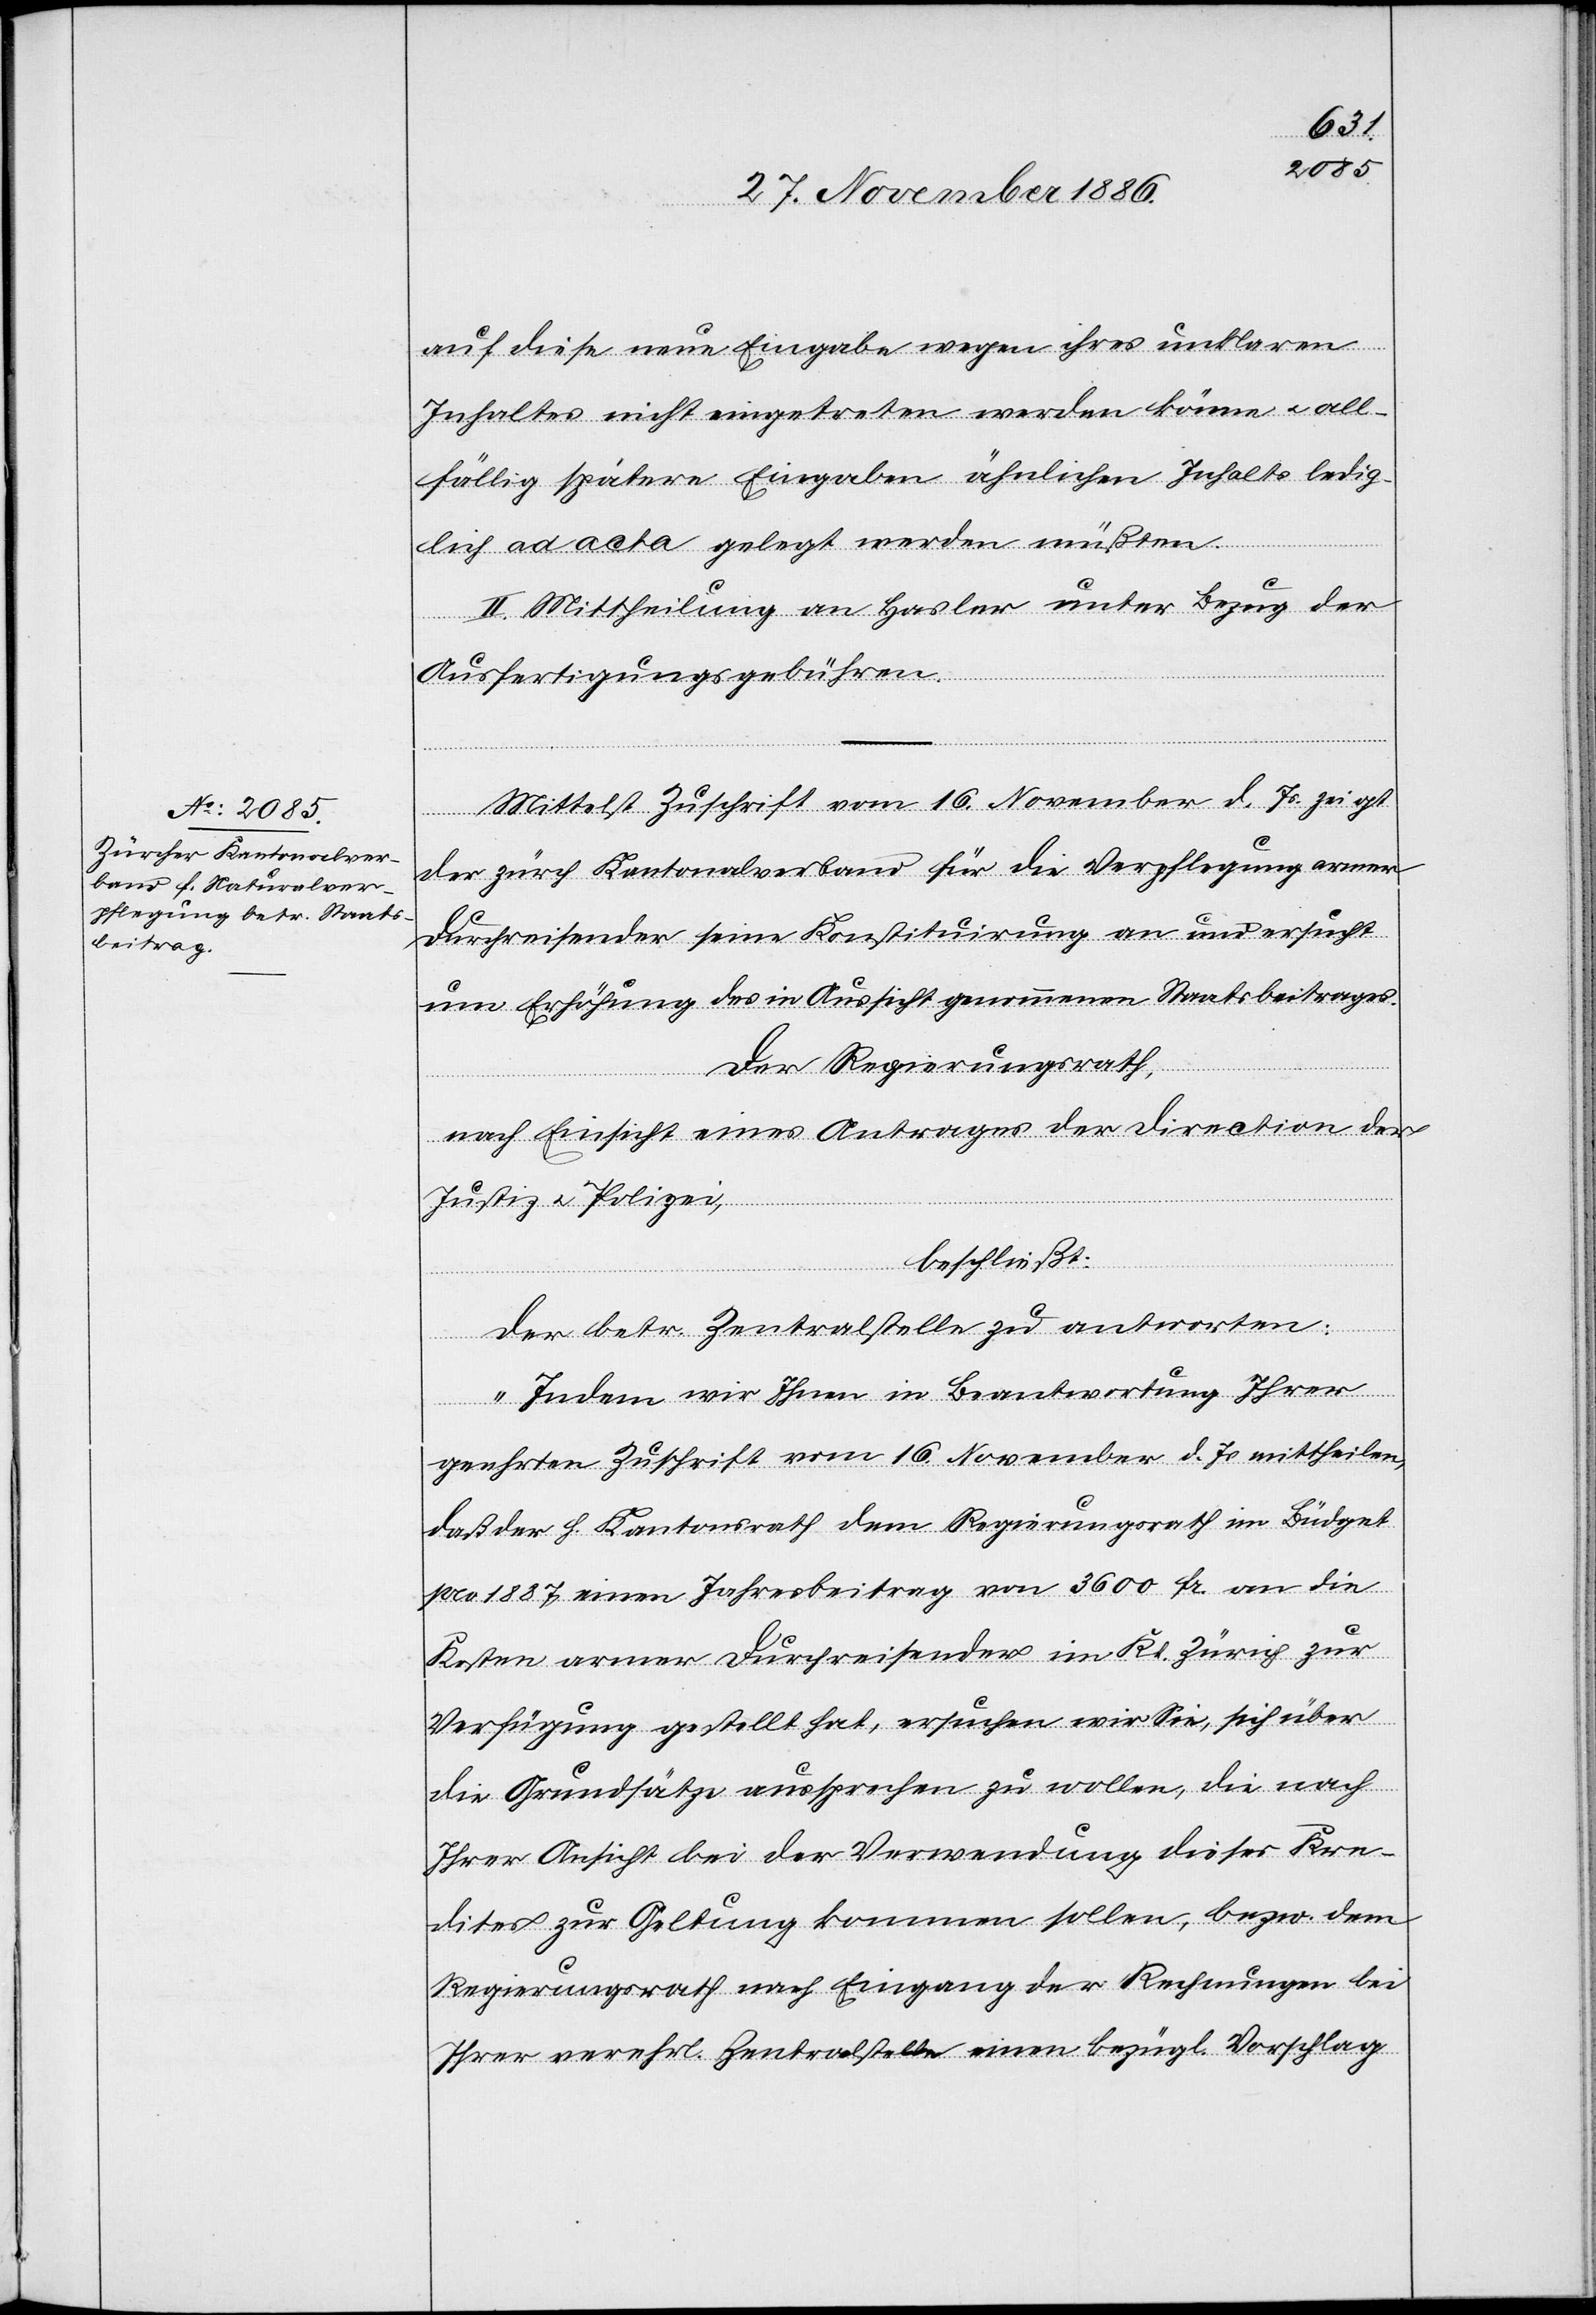
auf diese neue Eingabe wegen ihres unklaren
Inhaltes nicht eingetreten werden könne & all¬
fällig spätere Eingaben ähnlichen Inhalts ledig¬
lich ad acta gelegt werden müßten.
II. Mittheilung an Hasler unter Bezug der
Ausfertigungsgebühren.
Mittelst Zuschrift vom 16. November d. Js. zeigt
der zürch. Kantonalverband für die Verpflegung armer
Durchreisender seine Konstituirung an und ersucht
um Erhöhung des in Aussicht genommenen Staatsbeitrages.
Der Regierungsrath,
nach Einsicht eines Antrages der Direction der
Justiz & Polizei,
t
beschließt:
Der betr. Zentralstelle zu antworten:
„Indem wir Ihnen in Beantwortung Ihrer
geehrten Zuschrift vom 16. November d. Js. mittheilen,
daß der h. Kantonsrath dem Regierungsrath im Büdge¬
pro 1887 einen Jahresbeitrag von 3600 Fr. an die
Kosten armer Durchreisender im Kt. Zürich zur
Verfügung gestellt hat, ersuchen wir Sie, sich über
die Grundsätze aussprechen zu wollen, die nach
Ihrer Ansicht bei der Verwendung dieses Kre¬
dites zur Geltung kommen sollen, bezw. dem
Regierungsrath nach Eingang der Rechnungen bei
Ihrer verehrl. Zentralstelle einen bezügl. Vorschlag